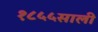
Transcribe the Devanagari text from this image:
१८५५साली